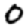
Digit: 0